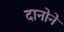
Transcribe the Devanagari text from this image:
दानोने